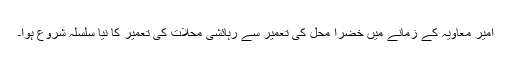
امیر معاویہ کے زمانے میں خضرا محل کی تعمیر سے رہائشی محلات کی تعمیر کا نیا سلسلہ شروع ہوا۔